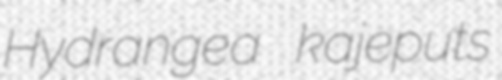
Hydrangea kajeputs